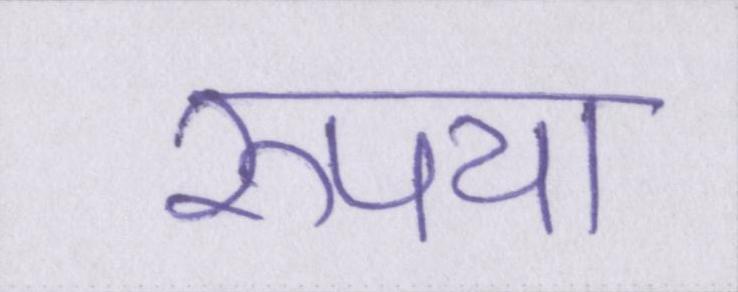
रूपया